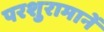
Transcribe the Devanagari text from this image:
परशुरामानें